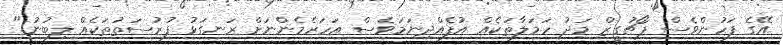
އޭގެ ފަހުންވެސް ޕޯޗުގީޒް މަދު ހަމަލާތަކެއް އުފެއްދިނަމަވެސް އަހަރެމެންނަށް ރަނގަޅު ފުރުސަތުތަކެއް ލިބުނު."